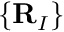
\{ \mathbf { R } _ { I } \}